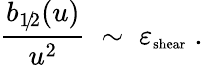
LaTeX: \frac{b_{1\! /\! 2}(u)}{u^{2}}\; \sim\; \varepsilon_{\mathrm{\scriptsize{shear}}}\; .